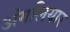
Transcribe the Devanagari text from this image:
अंगलियार